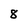
Character: 8